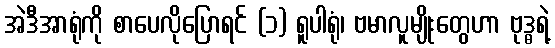
အဲဒီအာရုံကို စာပေလိုပြောရင် (၁) ရူပါရုံ၊ ဗမာလူမျိုးတွေဟာ ဗုဒ္ဓရဲ့